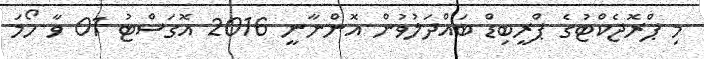
މި ޕްރޮޖެކްޓުގެ ޕްރީބިޑް ބައްދަލުވުން އޮންނާނީ 2016 އޮގަސްޓު 01 ވާ ހޯމަ